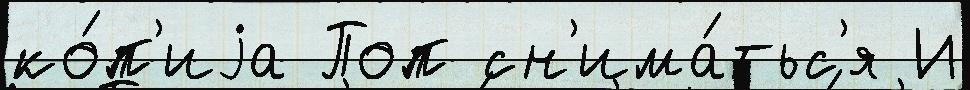
ко́п'иjа Поп сн'има́тьс'я И